Report of the Indian Hemp Drugs Commission, 1894-1895 - Volume VII
Year: 1894
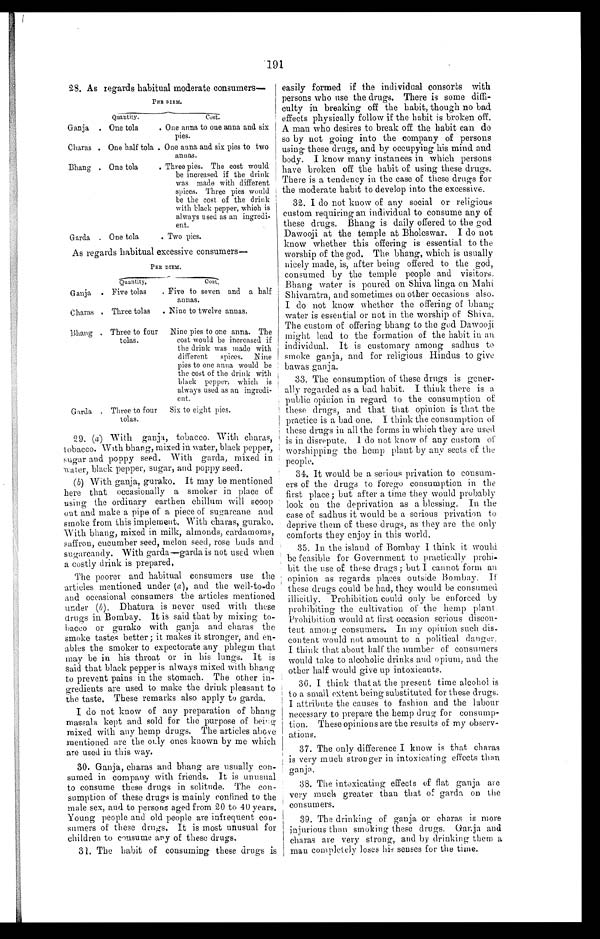
191
28 As regards habitual moderate consumers—
PER DIEM.
Quantity.
Cost.
Ganja . One tola
. One anna to one anna and six
pies.
Charas . One half tola . One anna and six pies to two
annas.
Bhang . One tola
. Three pies. The cost would
be increased if the drink
was made with different
spices. Three pies would
be the cost of the drink
with black pepper, which is
always used as an ingredi
¬ent.
.
Garad . One tola
. Two pies.
As regards habitual excessive consumers—
PER DIEM.
—
Q u a n t i t y .
cost:
Ganja . Five tolas
. Five to seven and a half
annas.
Chants . Three tolas . Nine to twelve annals.
bhang . Three to four
tolas.
Nine pies to one anna. The
cost would be increased if
the drink was made with
different
spices. Nine
pies to one anna would be
the cost of the drink with
black pepper, which is
always used as an ingredi
¬ent.
Garda . Three to four
tolas.
Six to eight pies.
29. (a) With ganja, tobacco. With charas,
tobacco. With bhang, mixed in water, black pepper,
sugar and poppy seed. With garda, mixed in
water, black pepper, sugar, and poppy seed.
(b) With ganja, gurako. It may be mentioned
here that occasionally a smoker in place of
using the ordinary earthen chillum will scoop
out and make a pipe of a piece of sugarcane and
smoke from this implement. With charas, gurako.
With bhang, mixed in milk, almonds, cardamoms,
saffron, cucumber seed, melon seed, rose buds and
sugarcandy. With garda—garda is not used when
a costly drink is prepared.
The poorer and habitual consumers use the
articles mentioned under (a) , and the well-to-do
and occasional consumers the articles mentioned
under (b) . Dhatura is never used with these
drugs in Bombay. It is said that by mixing to-
bacco or gurako with ganja and charas the
smoke tastes better ; it makes it stronger, and en-
ables the smoker to expectorate any phlegm that
may be in his throat or in his lungs. It is
said that black pepper is always mixed with bhang
to prevent pains in the stomach. The other in-
gredients are used to make the drink pleasant to
the taste. These remarks also apply to garda.
I do not know of any preparation of bhang
massala kept and sold for the purpose of beieg
mixed with any hemp drugs. The articles above
mentioned are the only ones known by me which
are used in this way.
30. Ganja, charas and bhang are usually con-
sumed in company with friends. It is unusual
to consume these drugs in solitude. The con-
sumption of these drugs is mainly confined to the
male sex, and to persons aged from 20 to 40 years.
Young people and old people are infrequent con-
sumers of these drugs. It is most unusual for
children to consume any of these drugs.
31. The habit of consuming these drugs is
easily formed if the individual consorts with
persons who use the drugs. There is some diffi-
culty in breaking off the habit, though no bad
effects physically follow if the habit is broken off.
A man who desires to break off the habit can do
so by not going into the company of persons
using these drugs, and by occupying his mind and
body. I know many instances in which persons
have broken off the habit of using these drugs.
There is a tendency in the case of these drugs for
the moderate habit to develop into the excessive.
32. I do not know of any social or religious
custom requiring an individual to consume any of
these drugs. Bhang is daily offered to the god
Dawooji at the temple at Bholeswar. I do not
know whether this offering is essential to the
worship of the god. The bhang, which is usually
nicely made, is, after being offered to the god,
consumed by the temple people and visitors.
Bhang water is poured on Shiva linga on Mahi
Shivaratra, and sometimes on other occasions also.
I do not know whether the offering of bhang
water is essential or not in the worship of Shiva.
The custom of offering bhang to the god Dawooji
might lead to the formation of the habit in an
individual. It is customary among sadhus to
smoke ganja, and for religious Hindus to give
bawas ganja.
33. The consumption of these drugs is gener-
ally regarded as a bad habit. I think there is a
public opinion in regard to the consumption of
these drugs, and that that opinion is that the
practice is a bad one, I think the consumption of
these drugs in all the forms in which they are used
is in disrepute. 1 do not know of any custom of
worshipping the hemp plant by any sects of the
people.
34. It would be a serious privation to consum-
ers of the drugs to forego consumption in the
first place; but after a time they would probably
look on the deprivation as a blessing. In the
case of sadhus it would be a serious privation to
deprive them of these drugs, as they are the only
comforts they enjoy in this world.
35. In the island of Bombay I think it would
be feasible for Government to practically prohi-
bit the use of these drugs ; but I cannot form an
opinion as regards places outside Bombay. If
these drugs could be had, they would be consumed
illicitly. Prohibition could only be enforced by
prohibiting the cultivation of the hemp plant.
Prohibition would at first occasion serious discon-
tent among consumers. In my opinion such dis-
content would not amount to a political danger.
I think that about half the number of consumers
would take to alcoholic drinks and opium, and the
other half would give up intoxicants.
36. I think that at the present time alcohol is
to a small extent being substituted for these drugs.
I attribute the causes to fashion and the labour
necessary to prepare the hemp drug for consump-
tion. These opinions are the results of my observ-
ations.
37. The only difference I know is that charas
is very much stronger in intoxicating effects than
ganja.
38. The intoxicating effects of flat ganja are
very much greater than that of garda on the
consumers.
39. The drinking of ganja or charas is more
injurious than smoking these drugs. Ganja and
charas are very strong, and by drinking them a
man completely loses his senses for the time.